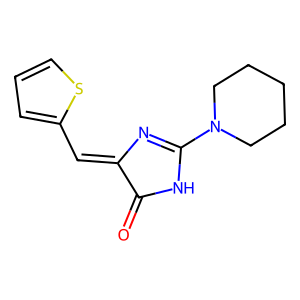
SMILES: O=C1NC(N2CCCCC2)=NC1=Cc1cccs1
Inhibits HIV replication: No